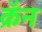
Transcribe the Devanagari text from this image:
क्रॅन